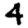
Digit: 4